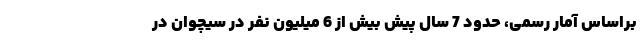
براساس آمار رسمی، حدود 7 سال پیش بیش از 6 میلیون نفر در سیچوان در